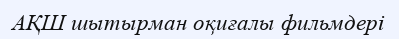
АҚШ шытырман оқиғалы фильмдері